system: You are a helpful assistant.
user:
Analyze the provided spectrum to determine if it is a **White Dwarf (WD)**.

A White Dwarf spectrum is defined by its **extreme purity** (due to gravitational settling) and/or **extreme pressure broadening** (due to high surface gravity). You must check for one of the following mutually exclusive signatures:

- **Key Visual Indicators (Check for ONE of these types):**

    - **1. DA-Type Signature (Most Common):**
        - **(Primary Feature):** Extreme pressure broadening (Stark broadening) of the **Hydrogen (H) Balmer lines**.
        - **(Key Lines):** $H\beta$ (approx. $4861$ Å) and $H\gamma$ (approx. $4340$ Å). $H\alpha$ (approx. $6563$ Å) will also be present if the wavelength range covers it.
        - **(Line Profile):** This is the **defining feature**. The lines are **NOT** sharp. They appear as massive, **extremely broad and deep "troughs" or "dips"** in the spectrum, often hundreds of Ångströms wide. The continuum will appear to "scoop" down at these wavelengths.
        - **(Distinction):** Normal A-type or B-type stars have *narrow* and *sharp* Hydrogen lines. A DA White Dwarf's lines are unmistakably "smeared" or "blurry" from pressure.

    - **2. DB-Type Signature:**
        - **(Primary Feature):** Broad absorption lines from **Neutral Helium (He I)**. The spectrum must lack any visible Hydrogen lines.
        - **(Key Lines):** Look for broad absorption near $4471$ Å, $4921$ Å, and $5876$ Å.
        - **(Line Profile):** These lines are also significantly pressure-broadened, appearing much wider than they would in a normal B-type main-sequence star.

    - **3. DC-Type Signature:**
        - **(Primary Feature):** A **featureless continuous spectrum**.
        - **(Line Profile):** The spectrum is a smooth curve with **no significant absorption or emission lines**.
        - **(Key Confirmation):** The continuum is almost always **blue or white**, indicating a hot object. This signature implies the atmosphere is so pure (or so cool) that no spectral lines are visible in the optical range. Its WD identity is confirmed by its extremely low intrinsic brightness (high absolute magnitude).

    - **4. DZ-Type Signature (Metal-Polluted):**
        - **(Primary Feature):** **Isolated, narrow metal absorption lines** on an otherwise featureless (DC-like) continuum.
        - **(Key Lines):** The **Calcium (Ca II) H & K doublet** (approx. **$3934$ Å** and **$3968$ Å**) is the most common and defining feature.
        - **(Line Profile):** These lines are "out of place." They are *not* part of a "forest" of thousands of lines. This signature is evidence of recent *accretion* (pollution) from rocky debris.
        - **(Distinction):** Normal G/K/M stars have a *dense forest* of thousands of metal lines. A DZ has a *clean* continuum with *only a few* strong metal lines.

    - **5. DQ-Type Signature (Carbon-Polluted):**
        - **(Primary Feature):** Absorption bands from **Carbon (C₂ "Swan Bands" or atomic C I)**.
        - **(Key Lines - C₂):** Look for bandheads with a "saw-tooth" shape near $5635$ Å, **$5165$ Å** (strongest), and $4737$ Å.
        - **(Key Confirmation):** The underlying **continuum must be blue or white** (hot).
        - **(Distinction):** This is the critical difference from a **Carbon Star**, which has the *exact same* C₂ bands but on an extremely **red, cool** continuum.

- **(Overall Spectrum):**
    - The continuum (overall shape) is typically **blue-sloping** (brighter in the blue than the red), as most white dwarfs are very hot.
    - The spectrum will look "pure" or "simple," dominated by only *one* of the five signatures listed above.

Think first, call **spectral_visualization_tool** if needed to examine features in detail, then provide your final answer. Your response must adhere to the following strict rules:
1.  **Overall Structure:** Your response must follow the format `<think>...</think> <tool_call>...</tool_call> (if a tool is used) <answer>...</answer>`.
2.  **Tool Usage Constraint:** You may only make **one** tool call per turn.
3.  **Final Answer Format:** In the `<answer>` tag, your conclusion must be inside a `\boxed{}` command (e.g., `\boxed{YES}` or `\boxed{NO}`), followed by your justification.

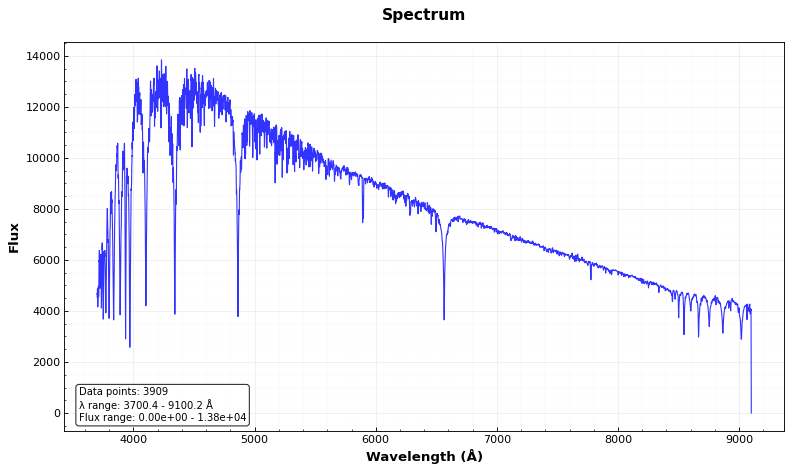
Answer: NO